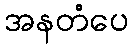
အနတံပေ